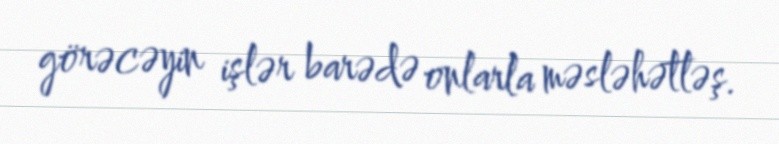
görəcəyin işlər barədə onlarla məsləhətləş.